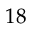
1 8